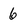
Character: 6